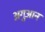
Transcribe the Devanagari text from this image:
अगुआन